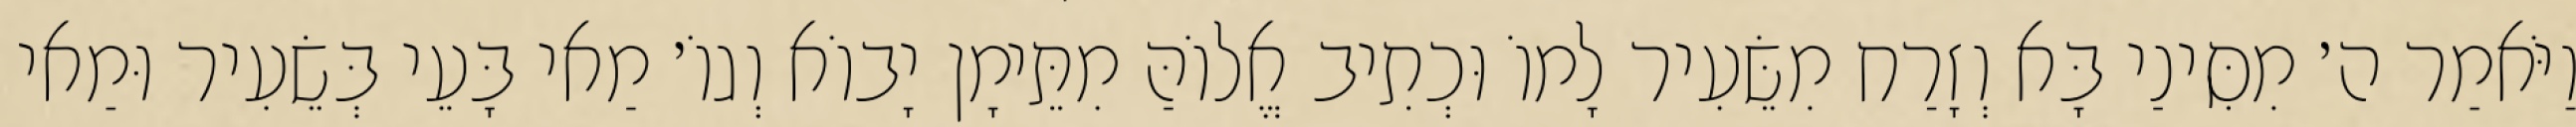
וַיֹּאמַר ה׳ מִסִּינַי בָּא וְזָרַח מִשֵּׂעִיר לָמוֹ וּכְתִיב אֱלוֹהַּ מִתֵּימָן יָבוֹא וְגוֹ׳ מַאי בָּעֵי בְּשֵׂעִיר וּמַאי